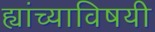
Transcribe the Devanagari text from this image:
ह्यांच्याविषयी